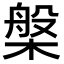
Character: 槃